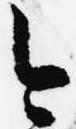
今